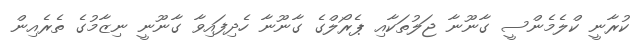
ކުރާނީ ކްލެމެންސީ ގާނޫނާ ޖަލުތަކާއި ޕެރޯލްގެ ގާނޫނާ ހެދިފައިވާ ގާނޫނީ ނިޒާމުގެ ތެރެއިން